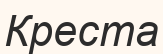
Креста